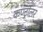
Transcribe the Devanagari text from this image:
कण्ट्रोलर